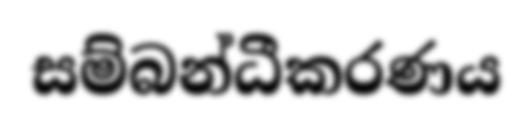
සම්බන්ධීකරණය